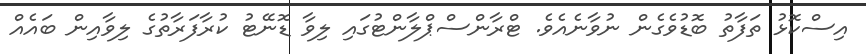
އިސްކޮޅު ތަފާތު ބޮޑުވެގެން ނުވާނެއެވެ. ޓްރާންސްޕްލާންޓުގައި ލިވާ ޑޮނޭޓު ކުރާފަރާތުގެ ލިވާއިން ބައެއް